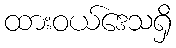
ထားဝယ်ဒေသရှိ